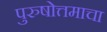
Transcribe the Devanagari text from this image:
पुरुषोत्तमाचा